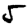
Digit: 5